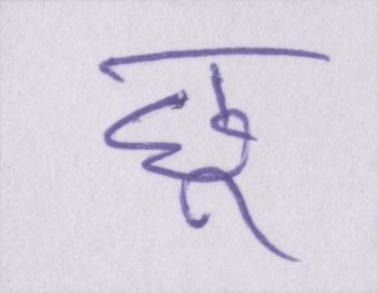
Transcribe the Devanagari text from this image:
छू